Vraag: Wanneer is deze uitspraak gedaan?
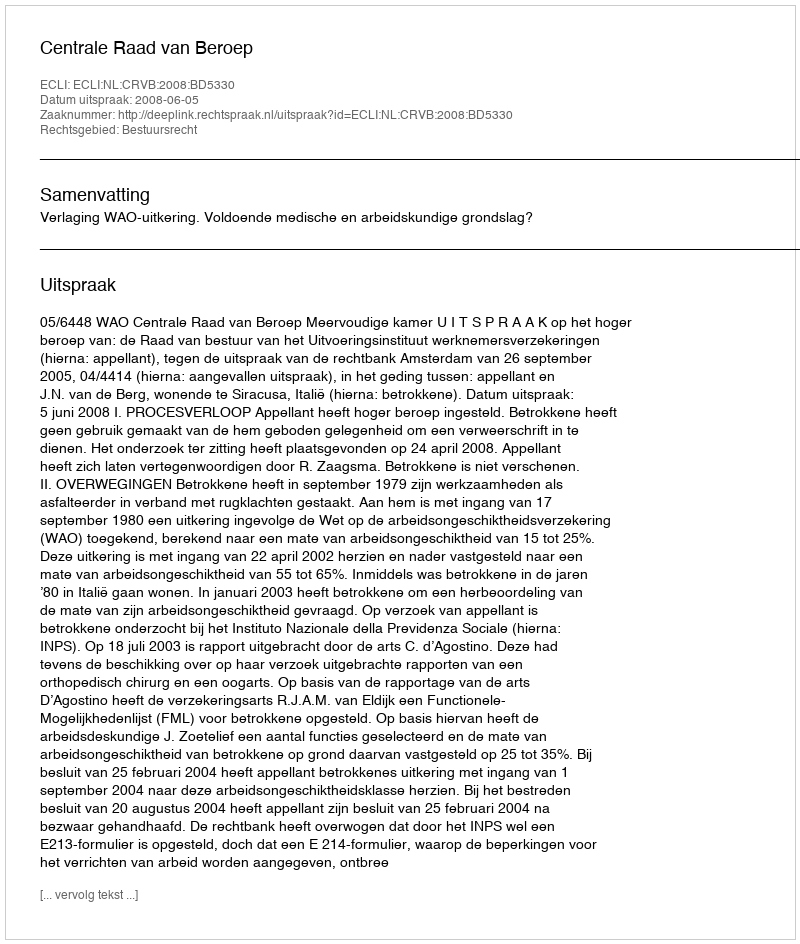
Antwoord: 2008-06-05